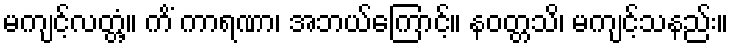
မကျင့်လတ္တံ့။ ကိံ ကာရဏာ၊ အဘယ်ကြောင့်။ နဝတ္တသိ၊ မကျင့်သနည်း။